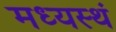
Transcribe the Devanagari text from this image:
मध्यस्थं